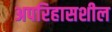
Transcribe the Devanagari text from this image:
अपरिहासशील